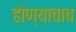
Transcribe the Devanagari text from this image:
होण्याचाच